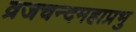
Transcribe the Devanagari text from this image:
व्रजचन्दमहाप्रभु